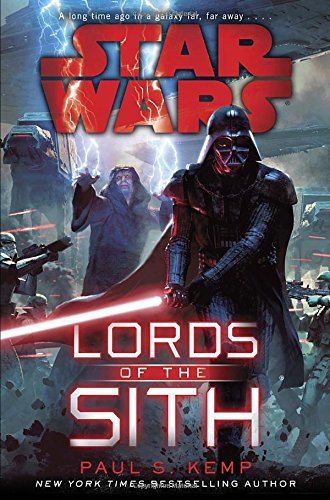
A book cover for Star Wars: Lords of the Sith; Paul S. Kemp; Science Fiction & Fantasy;